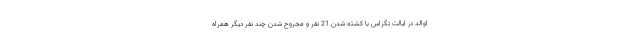
اوالد در ایالت تگزاس با کشته شدن 21 نفر و مجروح شدن چند نفر دیگر همراه